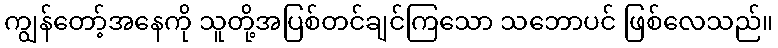
ကျွန်တော့်အနေကို သူတို့အပြစ်တင်ချင်ကြသော သဘောပင် ဖြစ်လေသည်။